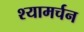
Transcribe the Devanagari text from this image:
श्यामर्चन